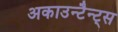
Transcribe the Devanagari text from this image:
अकाउन्टैन्ट्स